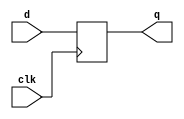
module flop(
  input clk,
  input d,
  output q
);
wire clk;
wire d;
reg q;

always @(posedge clk) begin
  q <= d;
end

endmodule